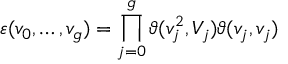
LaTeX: \varepsilon ( v _ { 0 } , \ldots , v _ { g } ) = \prod _ { j = 0 } ^ { g } \vartheta ( v _ { j } ^ { 2 } , V _ { j } ) \vartheta ( v _ { j } , v _ { j } )